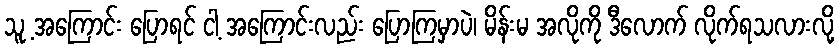
သူ့ အကြောင်း ပြောရင် ငါ့ အကြောင်းလည်း ပြောကြမှာပဲ၊ မိန်းမ အလိုကို ဒီလောက် လိုက်ရသလားလို့